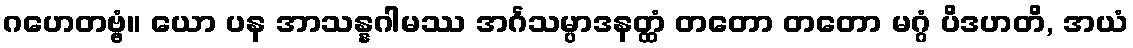
ဂဟေတဗ္ဗံ။ ယော ပန အာသန္နဂါမဿ အင်္ဂသမ္ပာဒနတ္ထံ တတော တတော မဂ္ဂံ ပိဒဟတိ, အယံ